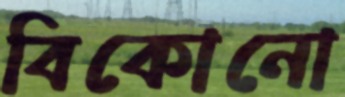
বিকোনো